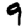
Digit: 9